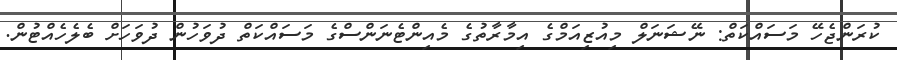
ކުރަންޖެހޭ މަސައްކަތް: ނޭޝަނަލް މިއުޒިއަމްގެ އިމާރާތުގެ މެއިންޓެނަންސްގެ މަސައްކަތް ދުވަހުން ދުވަހަށް ބެލެހެއްޓުން.